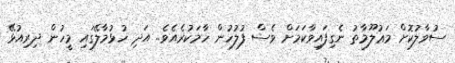
ސުވާލުކޮށް މަޢުލޫމާތު ނެގިފައިވާކަމަށް ވެސް ފުލުހުން ހާމަކުރެއެވެ.. އަދި ހުޅުމާލޭގައި މީހުން ދިރިއުޅޭ